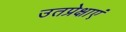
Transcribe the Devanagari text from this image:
उतप्रेक्षाएं